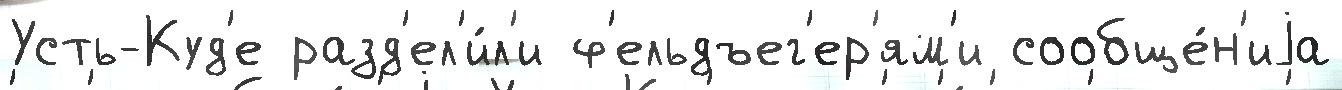
Усть-Куд'е разд'ел'и́л'и ф'ельдъег'ер'ям'и сообще́н'иjа